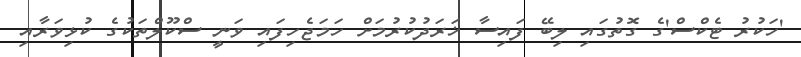
'ހަކުރު ޓެކްސް'ގެ ގޮތުގައި ލިބޭ ފައިސާ ޚަރަދުކުރުމަށް ހަމަޖެހިފައި ވަނީ ސްކޫލްތަކުގެ ކުޅިވަރާއި